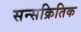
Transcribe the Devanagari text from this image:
सन्सक्रितिक